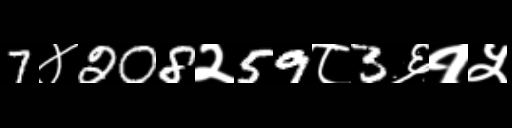
Text: 7४208२59८3६१५